Civil Veterinary Department Bihar & Orissa reports 1922-29 - 1922-1929
Year: 1922
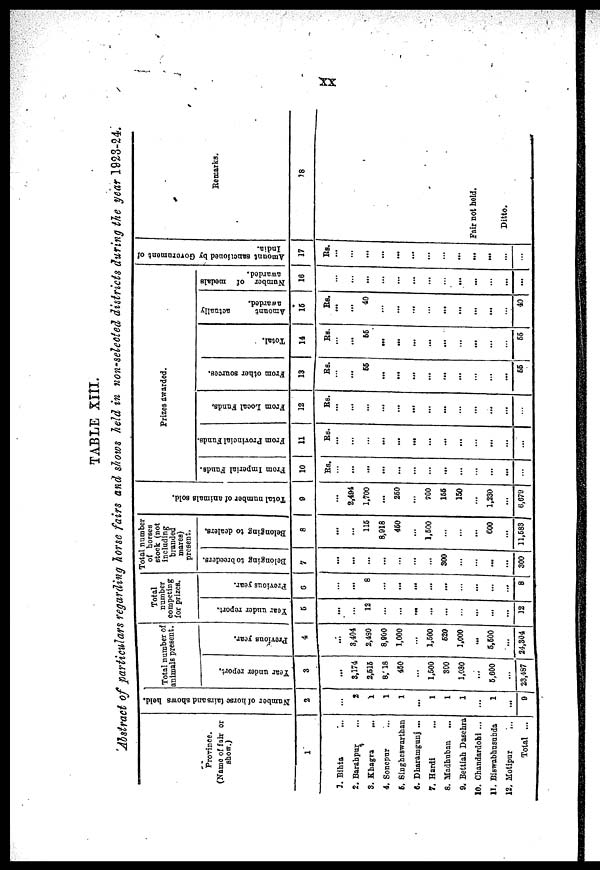
Abstract of particulars regarding horse fairs and stows held in non-selected districts during the year 1923-24.
Province.
(Name of fair or
show.)
1
3. Bihta
2. Barahpur
8. Khagra
4. Sonepur
5. Singheswarthan
6. Dharamgunj ...
7. Hardi
8. Madbuban
...
0, Bettiah Dasebra
10. Chandardohi ...
11. Biswabhusunda
12, Motipur
Total ...
Number of horse (airs and shows held.
2
2
1
1
1
...
1
1
1
1
9
Total number of
animals present.
Year under report.
3
...
3,174
2,615
8/18
460
1,500
300
1,030
...
Previous year
4
...
3,404
2,430
8,900
1,000
1,500
520
1,000
...
5,600
5,500
... . . .
23,487 24,304
Total
number
competing
for prizes.
Year under report.
6
...
12
...
...
...
...
12
Previous year
6
...
...
8
...
...
...
...
...
...
...
...
...
8
Total number
of horses
stock (not
including
branded
mares)
present.
Belonging to breeders.
7
...
...
...
...
300
...
...
300
Belonging to dealers.
8
...
115
8,918
450
1,500
600
11,683
Total number of animals sold.
9
I
2,494
1,700
...
250
700
155
150
1,230
6,679
Prizes awarded.
From Imperial Funds.
10
Rs.
...
...
...
...
...
...
From Provincial Funds
11
Rs.
...
...
—
...
...
...
...
...
...
From Local Funds,
12
Rs.
...
...
...
...
...
...
From other sources.
13
Rs.
55
...
...
...
...
...
...
55
Total.
14
Rs.
...
66
...
...
...
...
...
...
55
Amount
actually
awarded.
16
Rs.
...
...
40
...
...
...
...
...
40
Number of medals
awarded.
16
...
...
...
...
...
...
...
...
...
...
...
...
...
Amount sanctioned by Government
of
India.
17
Rs.
...
...
...
...
...
...
...
Remarks.
18
Fair not held.
Ditto.